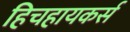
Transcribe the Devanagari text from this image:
हिचहायकर्स